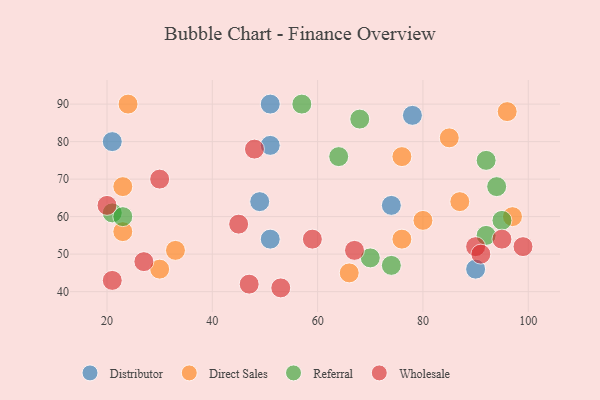
{"axis": {"x": "GDP", "y": "Life Expectancy"}, "legend": ["Direct Sales", "Distributor", "Referral", "Wholesale"], "data": [{"x": "78", "y": 87, "type": "Distributor"}, {"x": "51", "y": 90, "type": "Distributor"}, {"x": "74", "y": 63, "type": "Distributor"}, {"x": "49", "y": 64, "type": "Distributor"}, {"x": "90", "y": 46, "type": "Distributor"}, {"x": "51", "y": 79, "type": "Distributor"}, {"x": "51", "y": 54, "type": "Distributor"}, {"x": "21", "y": 80, "type": "Distributor"}, {"x": "66", "y": 45, "type": "Direct Sales"}, {"x": "85", "y": 81, "type": "Direct Sales"}, {"x": "80", "y": 59, "type": "Direct Sales"}, {"x": "76", "y": 54, "type": "Direct Sales"}, {"x": "23", "y": 56, "type": "Direct Sales"}, {"x": "96", "y": 88, "type": "Direct Sales"}, {"x": "30", "y": 46, "type": "Direct Sales"}, {"x": "87", "y": 64, "type": "Direct Sales"}, {"x": "97", "y": 60, "type": "Direct Sales"}, {"x": "76", "y": 76, "type": "Direct Sales"}, {"x": "24", "y": 90, "type": "Direct Sales"}, {"x": "23", "y": 68, "type": "Direct Sales"}, {"x": "33", "y": 51, "type": "Direct Sales"}, {"x": "92", "y": 55, "type": "Referral"}, {"x": "64", "y": 76, "type": "Referral"}, {"x": "57", "y": 90, "type": "Referral"}, {"x": "68", "y": 86, "type": "Referral"}, {"x": "70", "y": 49, "type": "Referral"}, {"x": "94", "y": 68, "type": "Referral"}, {"x": "95", "y": 59, "type": "Referral"}, {"x": "21", "y": 61, "type": "Referral"}, {"x": "92", "y": 75, "type": "Referral"}, {"x": "23", "y": 60, "type": "Referral"}, {"x": "74", "y": 47, "type": "Referral"}, {"x": "21", "y": 43, "type": "Wholesale"}, {"x": "47", "y": 42, "type": "Wholesale"}, {"x": "95", "y": 54, "type": "Wholesale"}, {"x": "67", "y": 51, "type": "Wholesale"}, {"x": "90", "y": 52, "type": "Wholesale"}, {"x": "53", "y": 41, "type": "Wholesale"}, {"x": "30", "y": 70, "type": "Wholesale"}, {"x": "91", "y": 50, "type": "Wholesale"}, {"x": "99", "y": 52, "type": "Wholesale"}, {"x": "20", "y": 63, "type": "Wholesale"}, {"x": "48", "y": 78, "type": "Wholesale"}, {"x": "59", "y": 54, "type": "Wholesale"}, {"x": "27", "y": 48, "type": "Wholesale"}, {"x": "45", "y": 58, "type": "Wholesale"}]}